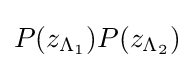
P(z_{\Lambda _{1}})P(z_{\Lambda _{2}})